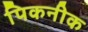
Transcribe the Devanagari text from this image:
पिकनीक